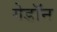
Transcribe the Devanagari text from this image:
गेडाॅन